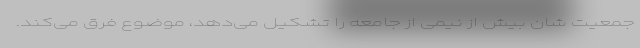
جمعیت شان بیش از نیمی از جامعه را تشکیل می‌دهد، موضوع فرق می‌کند.